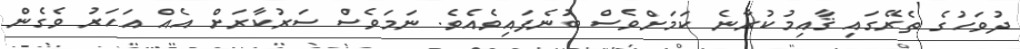
ދުވަހުގެ ތެރޭގައި ޤާއިމުކުރާނެ ކަމަށްވެސް ބުނެފައިވެއެވެ. ނަމަވެސް ސަރުކާރަށް އެއް އަހަރު ވެގެން